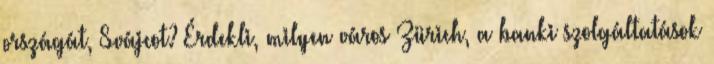
országát, Svájcot? Érdekli, milyen város Zürich, a banki szolgáltatások